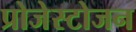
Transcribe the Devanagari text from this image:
प्रोजेस्टोजन